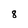
Character: 8